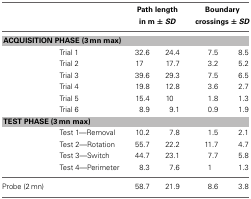
|  |  | <COLSPAN=2> Path length in m ± SD | <COLSPAN=2> Boundary crossings ± SD |
 | --- | --- | --- | --- | --- | --- |
 | <COLSPAN=6> ACQUISITION PHASE (3 mn max) |
 |  | Trial 1 | 32.6 | 24.4 | 7.5 | 8.5 |
 |  | Trial 2 | 17 | 17.7 | 3.2 | 5.2 |
 |  | Trial 3 | 39.6 | 29.3 | 7.5 | 6.5 |
 |  | Trial 4 | 19.8 | 12.8 | 3.6 | 2.7 |
 |  | Trial 5 | 15.4 | 10 | 1.8 | 1.3 |
 |  | Trial 6 | 8.9 | 9.1 | 0.9 | 1.9 |
 | <COLSPAN=6> TEST PHASE (3 mn max) |
 |  | Test 1—Removal | 10.2 | 7.8 | 1.5 | 2.1 |
 |  | Test 2—Rotation | 55.7 | 22.2 | 11.7 | 4.7 |
 |  | Test 3—Switch | 44.7 | 23.1 | 7.7 | 5.8 |
 |  | Test 4—Perimeter | 8.3 | 7.6 | 1 | 1.3 |
 | Probe (2 mn) |  | 58.7 | 21.9 | 8.6 | 3.8 |